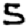
Digit: 5